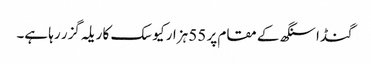
گنڈا سنگھ کے مقام پر 55 ہزار کیوسک کا ریلہ گزر رہا ہے۔